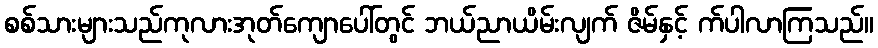
စစ်သားများသည်ကုလားအုတ်ကျောပေါ်တွင် ဘယ်ညာယိမ်းလျက် ဇိမ်နှင့် က်ပါလာကြသည်။